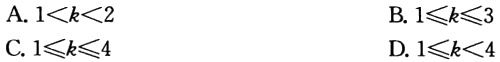
A. \(1<k<2\)
B. \(1\leqslant k\leqslant 3\)
C. \(1\leqslant k\leqslant 4\)
D. \(1\leqslant k<4\)